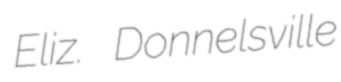
Eliz. Donnelsville